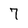
Character: 7